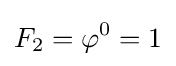
F_{2}=\varphi ^{0}=1